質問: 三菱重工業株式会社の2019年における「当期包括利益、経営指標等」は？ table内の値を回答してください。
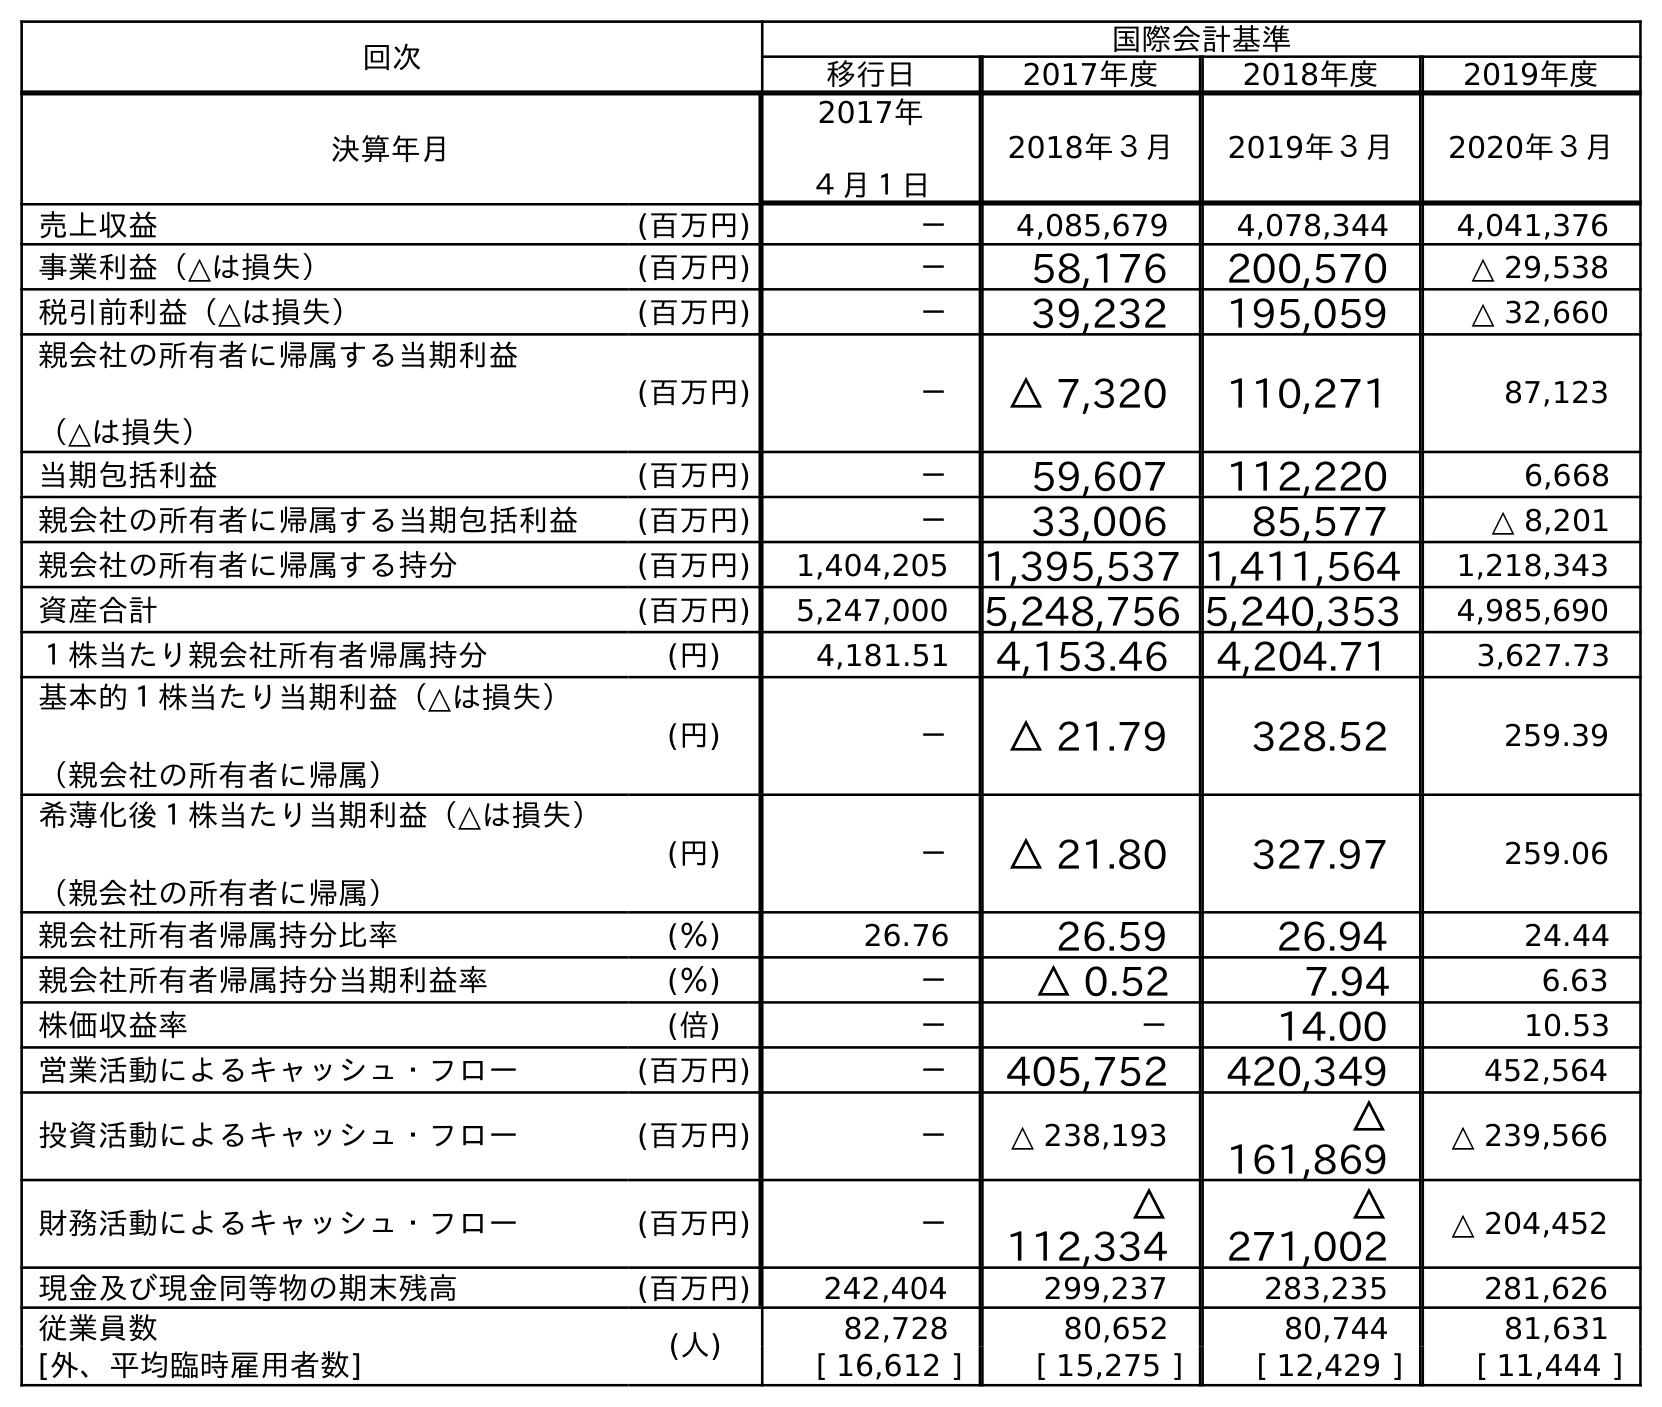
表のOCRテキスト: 回次 国際会計基準 移行日 2017年度 2018年度 2019年度 決算年月 2017年 ４月１日 2018年３月 2019年３月 2020年３月 売上収益 (百万円) － 4,085,679 4,078,344 4,041,376 事業利益（△は損失） (百万円) － 58,176 200,570 △ 29,538 税引前利益（△は損失） (百万円) － 39,232 195,059 △ 32,660 親会社の所有者に帰属する当期利益 （△は損失） (百万円) － △ 7,320 110,271 87,123 当期包括利益 (百万円) － 59,607 112,220 6,668 親会社の所有者に帰属する当期包括利益 (百万円) － 33,006 85,577 △ 8,201 親会社の所有者に帰属する持分 (百万円) 1,404,205 1,395,537 1,411,564 1,218,343 資産合計 (百万円) 5,247,000 5,248,756 5,240,353 4,985,690 １株当たり親会社所有者帰属持分 (円) 4,181.51 4,153.46 4,204.71 3,627.73 基本的１株当たり当期利益（△は損失） （親会社の所有者に帰属） (円) － △ 21.79 328.52 259.39 希薄化後１株当たり当期利益（△は損失） （親会社の所有者に帰属） (円) － △ 21.80 327.97 259.06 親会社所有者帰属持分比率 (％) 26.76 26.59 26.94 24.44 親会社所有者帰属持分当期利益率 (％) － △ 0.52 7.94 6.63 株価収益率 (倍) － － 14.00 10.53 営業活動によるキャッシュ・フロー (百万円) － 405,752 420,349 452,564 投資活動によるキャッシュ・フロー (百万円) － △ 238,193 △ 161,869 △ 239,566 財務活動によるキャッシュ・フロー (百万円) － △ 112,334 △ 271,002 △ 204,452 現金及び現金同等物の期末残高 (百万円) 242,404 299,237 283,235 281,626 従業員数 (人) 82,728 80,652 80,744 81,631 [外、平均臨時雇用者数] [ 16,612 ] [ 15,275 ] [ 12,429 ] [ 11,444 ]
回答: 112,220